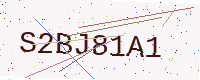
Text: S2BJ81A1